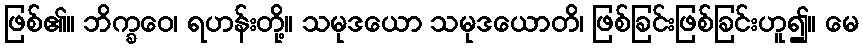
ဖြစ်၏။ ဘိက္ခဝေ၊ ရဟန်းတို့။ သမုဒယော သမုဒယောတိ၊ ဖြစ်ခြင်းဖြစ်ခြင်းဟူ၍။ မေ